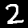
Label: 2